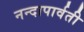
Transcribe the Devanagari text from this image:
नन्दापार्वती